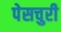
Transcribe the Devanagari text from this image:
पेसचुरी